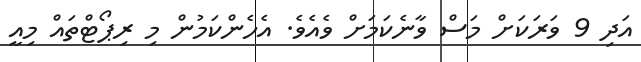
އަދި 9 ވަރަކަށް މަސް ވާނެކަމަށް ވެއެވެ. އެހެންކަމުން މި ރިޕޯޓްތައް މިއީ